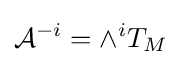
{\mathcal {A}}^{-i}=\wedge ^{i}T_{M}